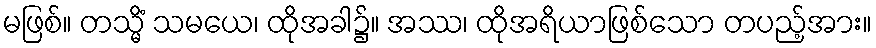
မဖြစ်။ တသ္မိံ သမယေ၊ ထိုအခါ၌။ အဿ၊ ထိုအရိယာဖြစ်သော တပည့်အား။